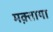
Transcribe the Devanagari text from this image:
मक़्ताया